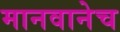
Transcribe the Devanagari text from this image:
मानवानेच